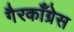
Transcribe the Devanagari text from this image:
गैरकाँग्रेस